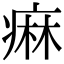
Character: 痳